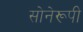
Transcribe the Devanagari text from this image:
सोनेरूपी